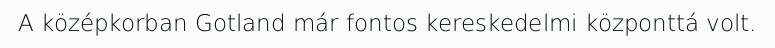
A középkorban Gotland már fontos kereskedelmi központtá volt.